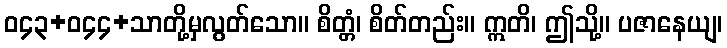
ဝ၄၃+ဝ၄၄+သာတို့မှလွတ်သော။ စိတ္တံ၊ စိတ်တည်း။ ဣတိ၊ ဤသို့။ ပဇာနေယျ၊